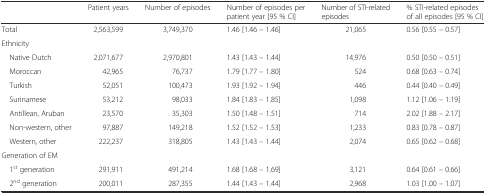
<table><thead><tr><td></td><td><b>Patient years</b></td><td><b>Number of episodes</b></td><td><b>Number of episodes per patient year [95 % CI]</b></td><td><b>Number of STI-related episodes</b></td><td><b>% STI-related episodes of all episodes [95 % CI]</b></td></tr></thead><tbody><tr><td>Total</td><td>2,563,599</td><td>3,749,370</td><td>1.46 [1.46 – 1.46]</td><td>21,065</td><td>0.56 [0.55 – 0.57]</td></tr><tr><td>Ethnicity</td><td></td><td></td><td></td><td></td><td></td></tr><tr><td> Native Dutch</td><td>2,071,677</td><td>2,970,801</td><td>1.43 [1.43 – 1.44]</td><td>14,976</td><td>0.50 [0.50 – 0.51]</td></tr><tr><td> Moroccan</td><td>42,965</td><td>76,737</td><td>1.79 [1.77 – 1.80]</td><td>524</td><td>0.68 [0.63 – 0.74]</td></tr><tr><td> Turkish</td><td>52,051</td><td>100,473</td><td>1.93 [1.92 – 1.94]</td><td>446</td><td>0.44 [0.40 – 0.49]</td></tr><tr><td> Surinamese</td><td>53,212</td><td>98,033</td><td>1.84 [1.83 – 1.85]</td><td>1,098</td><td>1.12 [1.06 – 1.19]</td></tr><tr><td> Antillean, Aruban</td><td>23,570</td><td>35,303</td><td>1.50 [1.48 – 1.51]</td><td>714</td><td>2.02 [1.88 – 2.17]</td></tr><tr><td> Non-western, other</td><td>97,887</td><td>149,218</td><td>1.52 [1.52 – 1.53]</td><td>1,233</td><td>0.83 [0.78 – 0.87]</td></tr><tr><td> Western, other</td><td>222,237</td><td>318,805</td><td>1.43 [1.43 – 1.44]</td><td>2,074</td><td>0.65 [0.62 – 0.68]</td></tr><tr><td>Generation of EM</td><td></td><td></td><td></td><td></td><td></td></tr><tr><td> 1<sup>st</sup> generation</td><td>291,911</td><td>491,214</td><td>1.68 [1.68 – 1.69]</td><td>3,121</td><td>0.64 [0.61 – 0.66]</td></tr><tr><td> 2<sup>nd</sup> generation</td><td>200,011</td><td>287,355</td><td>1.44 [1.43 – 1.44]</td><td>2,968</td><td>1.03 [1.00 – 1.07]</td></tr></tbody></table>